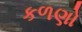
કળણો